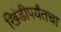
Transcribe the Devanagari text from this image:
खिंडीपर्यंतचा